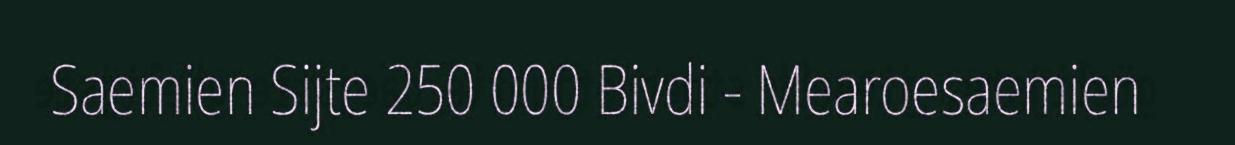
Saemien Sijte 250 000 Bivdi - Mearoesaemien